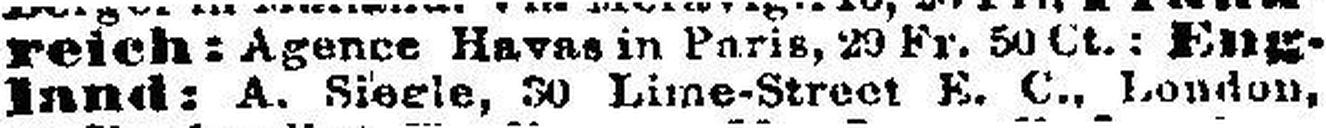
land: A. Siegle, 30 Lime-Street E. C., London,